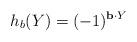
LaTeX: \begin{align*}h_b(Y)& = (-1)^{ \mathbf{b} \cdot Y }\end{align*}